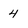
Character: 4